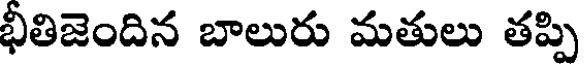
భీతిజెందిన బాలురు మతులు తప్పి